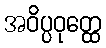
အဝိပ္ပဝုတ္ထေ